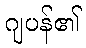
ဂျပန်၏